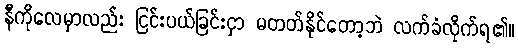
နီကိုလေမှာလည်း ငြင်းပယ်ခြင်းငှာ မတတ်နိုင်တော့ဘဲ လက်ခံလိုက်ရ၏။